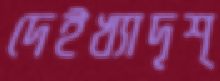
দেইখ্যাদৃশ্